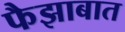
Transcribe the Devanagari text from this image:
फैझाबात